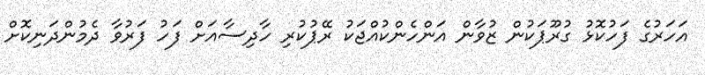
އަހަރުގެ ފަހުކޮޅު ގުރޫޕަކުން ޒުވާން އަންހެންކުއްޖަކު ރޭޕުކުރި ހާދިސާއަށް ފަހު ފަރުވާ ދެމުންދަނިކޮށް